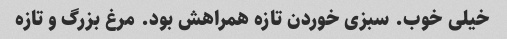
خیلی خوب. سبزی خوردن تازه همراهش بود. مرغ بزرگ و تازه